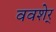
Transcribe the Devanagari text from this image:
ववशेर्